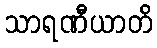
သာရဏီယာတိ